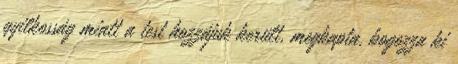
gyilkosság miatt a test hozzájuk került, megkapta, bogozza ki